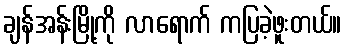
ချန်အန်းမြို့ကို လာရောက် ကပြခဲ့ဖူးတယ်။